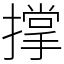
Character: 撑